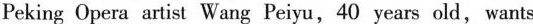
Peking Opera artist Wang Peiyu, 40 years old,wants